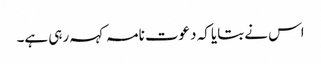
اس نے بتایا کہ دعوت نامہ کہہ رہی ہے۔